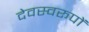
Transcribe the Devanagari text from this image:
देवस्वरूपों